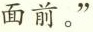
面前。”